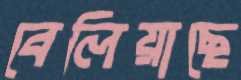
বেলিয়াছে